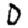
Digit: 0